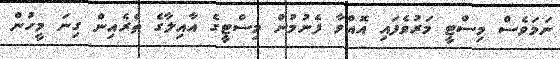
ނަމަވެސް މިސްޓީ މަރުވެފައި އޮއްވާ ފެނުމުން މިސްޓީގެ އާއިލާގެ ތެެރެއިން ގިނަ މީހުން